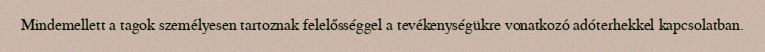
Mindemellett a tagok személyesen tartoznak felelősséggel a tevékenységükre vonatkozó adóterhekkel kapcsolatban.